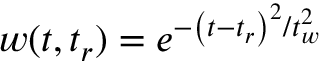
w ( t , t _ { r } ) = e ^ { - \left( t - t _ { r } \right) ^ { 2 } / t _ { w } ^ { 2 } }